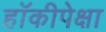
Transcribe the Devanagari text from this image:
हॉकीपेक्षा